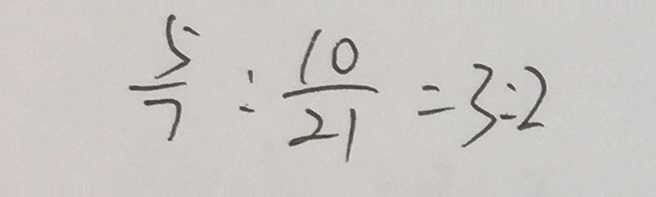
\frac { 5 } { 7 } : \frac { 1 0 } { 2 1 } = 3 : 2